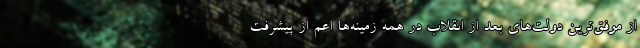
از موفق‌ترین دولت‌های بعد از انقلاب در همه زمینه‌ها اعم از پیشرفت